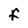
Character: F